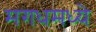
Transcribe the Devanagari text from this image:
मगधमध्ये